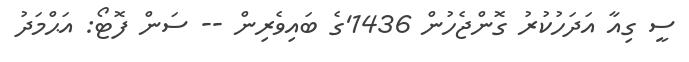
ސީ ގިއާ އަދަހުކުރު ގޮންޖެހުން 1436'ގެ ބައިވެރިން -- ސަން ފޮޓޯ: އަޙްމަދު